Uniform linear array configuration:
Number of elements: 4
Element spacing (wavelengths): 0.25
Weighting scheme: hamming
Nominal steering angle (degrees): -60
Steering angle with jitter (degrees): -60.373
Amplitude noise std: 0.05
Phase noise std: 0.05

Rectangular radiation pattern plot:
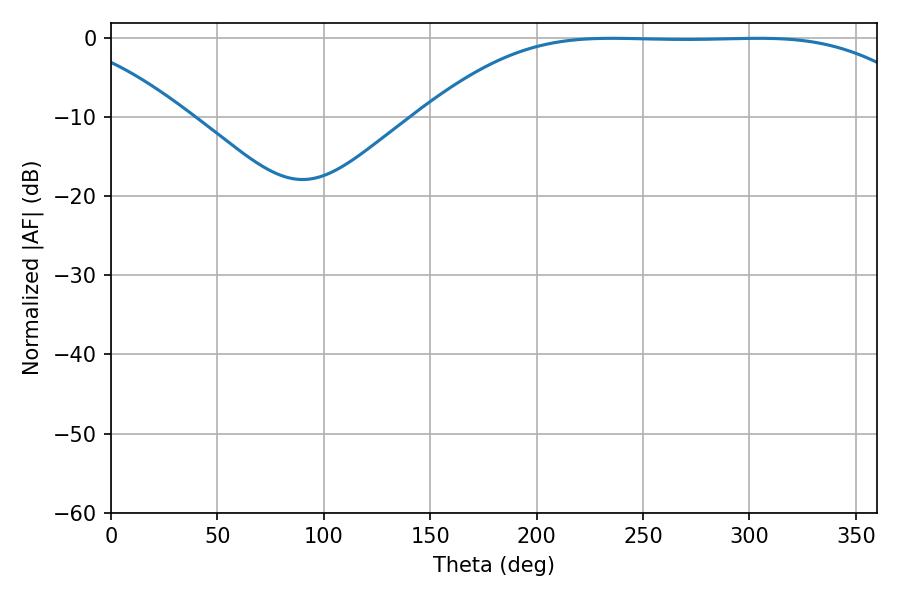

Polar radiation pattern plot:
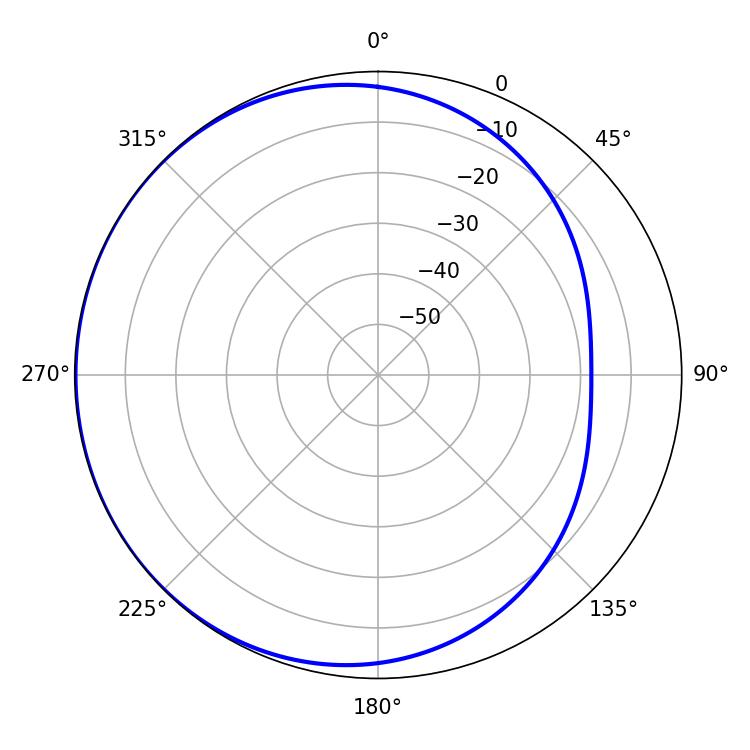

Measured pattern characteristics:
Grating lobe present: FALSE
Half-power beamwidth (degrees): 179.28
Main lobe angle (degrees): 235.44